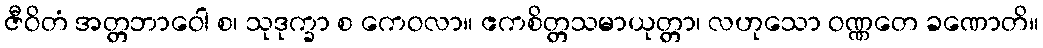
ဇီဝိတံ အတ္တဘာဝေါ စ၊ သုဒုက္ခာ စ ကေဝလာ။ ဧကစိတ္တသမာယုတ္တာ၊ လဟုသော ဝဏ္ဏတေ ခဏောတိ။